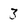
Character: 3